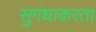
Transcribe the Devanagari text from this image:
सुगंधाकरता